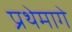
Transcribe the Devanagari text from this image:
प्रथेमागे